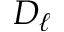
D _ { \ell }